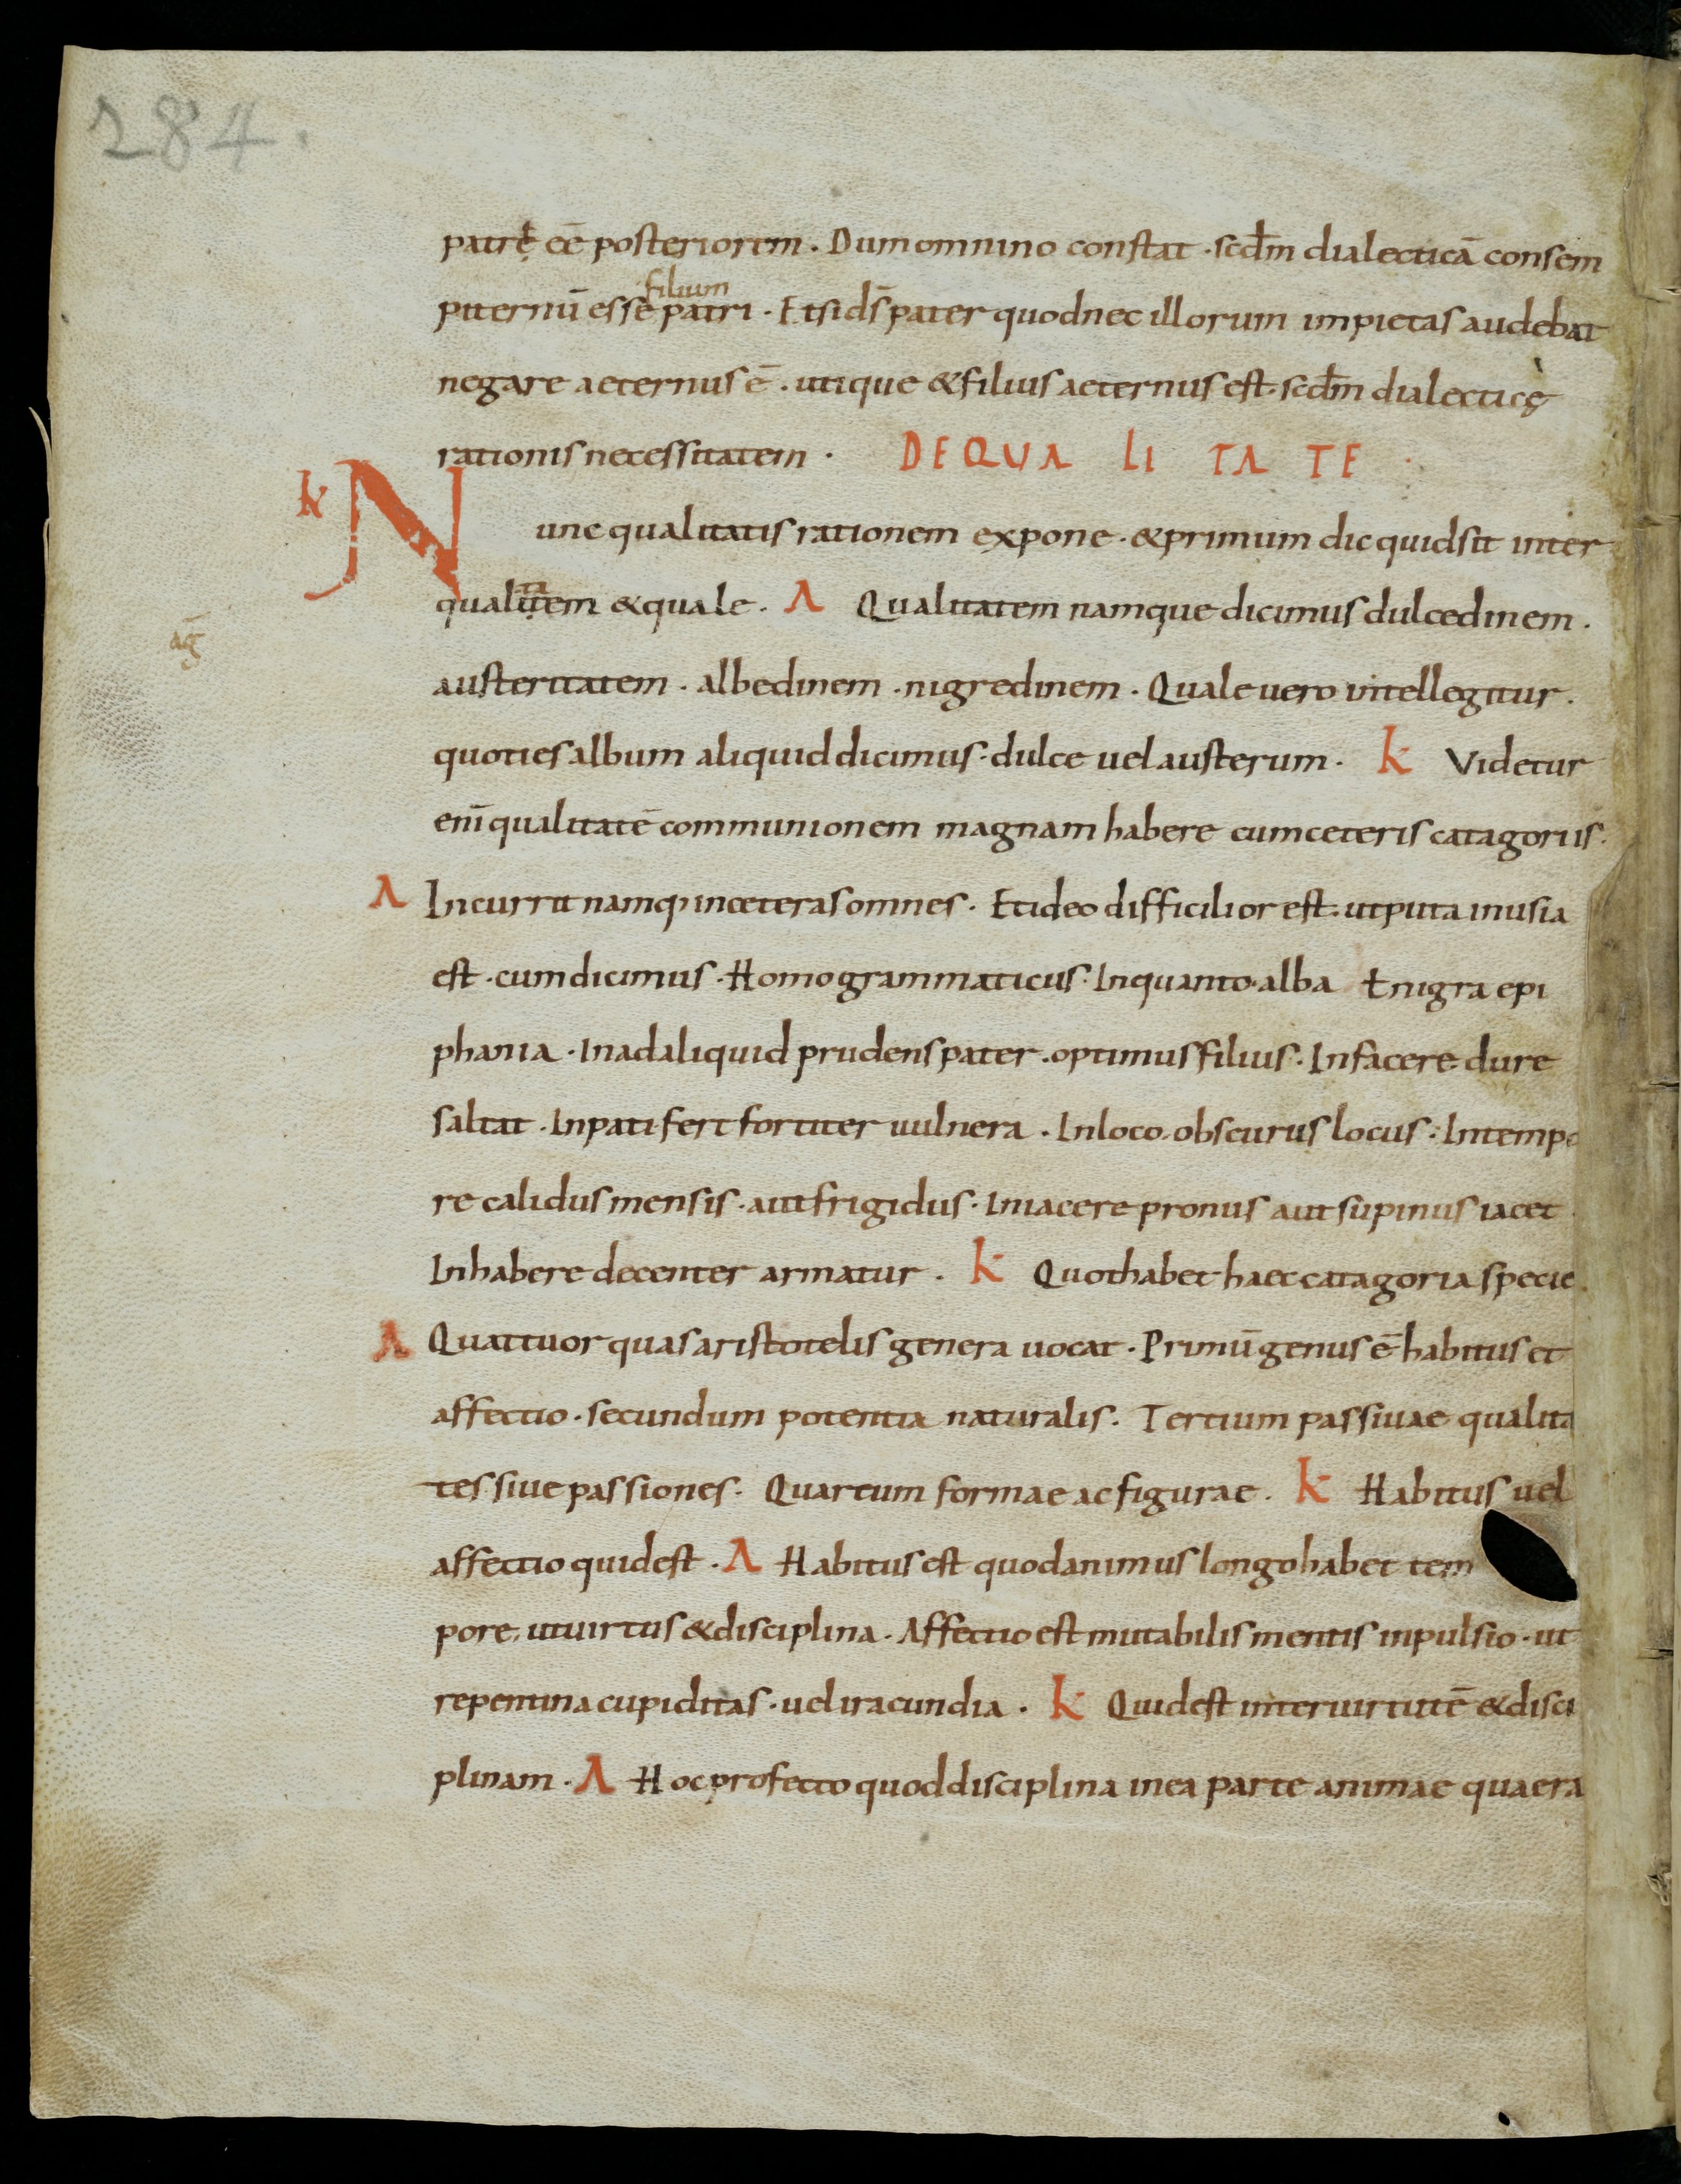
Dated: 800–899